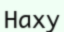
Наху